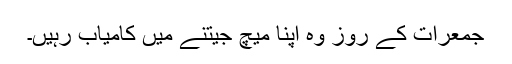
جمعرات کے روز وہ اپنا میچ جیتنے میں کامیاب رہیں۔